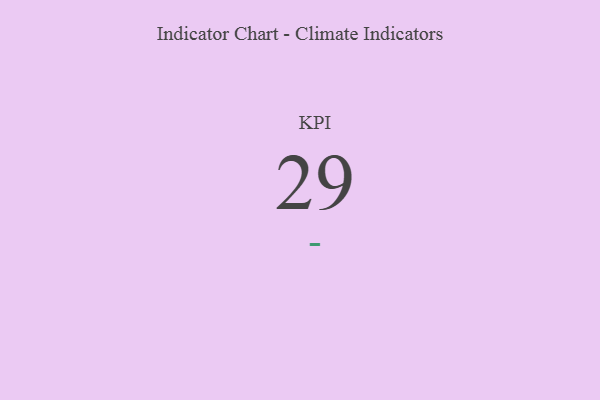
{"axis": {"x": "KPI", "y": "Value"}, "legend": [""], "data": [{"x": "KPI", "y": 29, "type": ""}]}